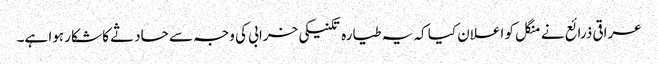
عراقی ذرائع نے منگل کو اعلان کیا کہ یہ طیارہ تکنیکی خرابی کی وجہ سے حادثے کا شکار ہوا ہے۔